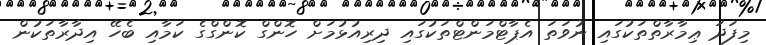
މިފަދަ ޢިމާރާތްތަކުގައި ނުވަތަ އެޕާޓްމަންޓްތަކުގައި ދިރިއުޅުމަށް ހޮންގް ކޮންގްގެ ކަމާއި ބެހޭ އިދާރާތަކުން